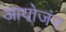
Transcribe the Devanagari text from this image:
आयोजंन